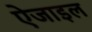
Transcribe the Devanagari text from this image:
ऐजाइल